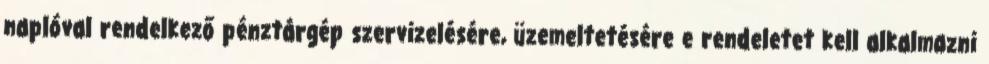
naplóval rendelkező pénztárgép szervizelésére, üzemeltetésére e rendeletet kell alkalmazni